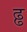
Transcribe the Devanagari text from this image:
ढ्ढ